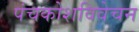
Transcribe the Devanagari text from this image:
पंचकोशविवेचन